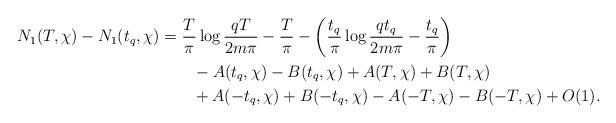
LaTeX: \begin{align*}N_1(T,\chi) - N_1(t_q,\chi) &= \frac{T}{\pi} \log{\frac{qT}{2m\pi}} - \frac{T}{\pi}- \left( \frac{t_q}{\pi} \log{\frac{qt_q}{2m\pi}} - \frac{t_q}{\pi} \right) \\&\quad\quad- A(t_q,\chi) - B(t_q,\chi) + A(T,\chi) + B(T,\chi) \\&\quad\quad+ A(-t_q,\chi) + B(-t_q,\chi) - A(-T,\chi) - B(-T,\chi) + O(1).\end{align*}